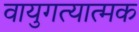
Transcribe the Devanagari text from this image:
वायुगत्यात्मक